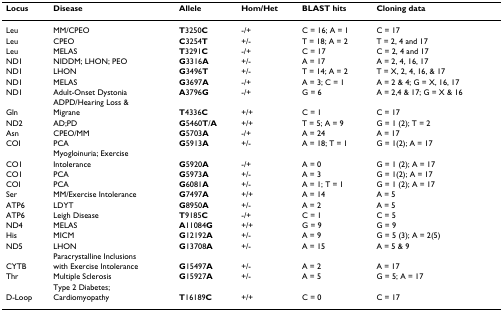
<table><thead><tr><td><b>Locus</b></td><td><b>Disease</b></td><td><b>Allele</b></td><td><b>Hom/Het</b></td><td><b>BLAST hits</b></td><td><b>Cloning data</b></td></tr></thead><tbody><tr><td>Leu</td><td>MM/CPEO</td><td><b>T</b>3250<b>C</b></td><td>-/+</td><td>C = 16; A = 1</td><td>C = 17</td></tr><tr><td>Leu</td><td>CPEO</td><td><b>C</b>3254<b>T</b></td><td>+/-</td><td>T = 18; A = 2</td><td>T = 2, 4 and 17</td></tr><tr><td>Leu</td><td>MELAS</td><td><b>T</b>3291<b>C</b></td><td>-/+</td><td>C = 17</td><td>C = 2, 4 and 17</td></tr><tr><td>ND1</td><td>NIDDM; LHON; PEO</td><td><b>G</b>3316<b>A</b></td><td>+/-</td><td>A = 17</td><td>A = 2, 4, 16, 17</td></tr><tr><td>ND1</td><td>LHON</td><td><b>G</b>3496<b>T</b></td><td>+/-</td><td>T = 14; A = 2</td><td>T = X, 2, 4, 16, &amp; 17</td></tr><tr><td>ND1</td><td>MELAS</td><td><b>G</b>3697<b>A</b></td><td>-/+</td><td>A = 3; C = 1</td><td>A = 2 &amp; 4; G = X, 16, 17</td></tr><tr><td>ND1</td><td>Adult-Onset Dystonia</td><td><b>A</b>3796<b>G</b></td><td>-/+</td><td>G = 6</td><td>A = 2,4 &amp; 17; G = X &amp; 16</td></tr><tr><td></td><td>ADPD/Hearing Loss &amp;</td><td></td><td></td><td></td><td></td></tr><tr><td>Gln</td><td>Migrane</td><td><b>T</b>4336<b>C</b></td><td>+/+</td><td>C = 1</td><td>C = 17</td></tr><tr><td>ND2</td><td>AD;PD</td><td><b>G</b>5460<b>T</b>/<b>A</b></td><td>+/+</td><td>T = 5; A = 9</td><td>G = 1 (2); T = 2</td></tr><tr><td>Asn</td><td>CPEO/MM</td><td><b>G</b>5703<b>A</b></td><td>-/+</td><td>A = 24</td><td>A = 17</td></tr><tr><td>COI</td><td>PCA</td><td><b>G</b>5913<b>A</b></td><td>+/-</td><td>A = 18; T = 1</td><td>G = 1(2); A = 17</td></tr><tr><td></td><td>Myogloinuria; Exercise</td><td></td><td></td><td></td><td></td></tr><tr><td>CO1</td><td>Intolerance</td><td><b>G</b>5920<b>A</b></td><td>-/+</td><td>A = 0</td><td>G = 1 (2); A = 17</td></tr><tr><td>CO1</td><td>PCA</td><td><b>G</b>5973<b>A</b></td><td>+/-</td><td>A = 3</td><td>G = 1(2); A = 17</td></tr><tr><td>COI</td><td>PCA</td><td><b>G</b>6081<b>A</b></td><td>+/-</td><td>A = 1; T = 1</td><td>G = 1 (2); A = 17</td></tr><tr><td>Ser</td><td>MM/Exercise Intolerance</td><td><b>G</b>7497<b>A</b></td><td>+/+</td><td>A = 14</td><td>A = 5</td></tr><tr><td>ATP6</td><td>LDYT</td><td><b>G</b>8950<b>A</b></td><td>+/-</td><td>A = 2</td><td>A = 5</td></tr><tr><td>ATP6</td><td>Leigh Disease</td><td><b>T</b>9185<b>C</b></td><td>-/+</td><td>C = 1</td><td>C = 5</td></tr><tr><td>ND4</td><td>MELAS</td><td><b>A</b>11084<b>G</b></td><td>+/+</td><td>G = 9</td><td>G = 9</td></tr><tr><td>His</td><td>MICM</td><td><b>G</b>12192<b>A</b></td><td>+/-</td><td>A = 9</td><td>G = 5 (3); A = 2(5)</td></tr><tr><td>ND5</td><td>LHON</td><td><b>G</b>13708<b>A</b></td><td>+/-</td><td>A = 15</td><td>A = 5 &amp; 9</td></tr><tr><td></td><td>Paracrystalline Inclusions</td><td></td><td></td><td></td><td></td></tr><tr><td>CYTB</td><td>with Exercise Intolerance</td><td><b>G</b>15497<b>A</b></td><td>+/-</td><td>A = 2</td><td>A = 17</td></tr><tr><td>Thr</td><td>Multiple Sclerosis</td><td><b>G</b>15927<b>A</b></td><td>+/-</td><td>A = 5</td><td>G = 5; A = 17</td></tr><tr><td></td><td>Type 2 Diabetes;</td><td></td><td></td><td></td><td></td></tr><tr><td>D-Loop</td><td>Cardiomyopathy</td><td><b>T</b>16189<b>C</b></td><td>+/+</td><td>C = 0</td><td>C = 17</td></tr></tbody></table>